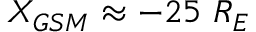
X _ { G S M } \approx - 2 5 ~ R _ { E }